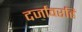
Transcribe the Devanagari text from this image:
दर्जांवरहि